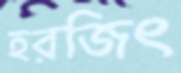
হরজিৎ